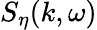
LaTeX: S_{\eta}(k,\omega)